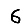
Digit: 6